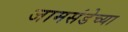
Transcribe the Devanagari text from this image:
जामसंडेच्या